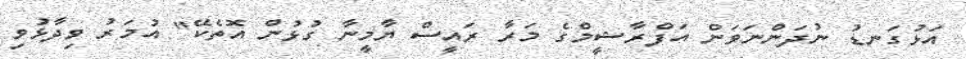
އަޅުގަނޑު ނުދަންނަވަން އަފްރާޝީމްގެ މަރާ ރައީސް ޔާމީނާ ގުޅުން އޮތެކޭ" އުމަރު ވިދާޅުވި